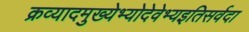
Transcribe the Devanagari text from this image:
क्रव्यादमुख्येभ्योदेवेभ्यइतिसर्वदा